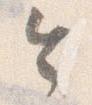
令